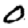
Digit: 0